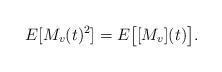
LaTeX: \begin{align*}E[M_v(t)^2]=E\big[[M_v](t)\big].\end{align*}